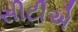
સીટીએ